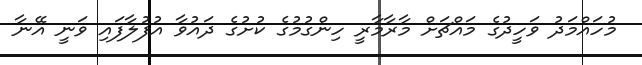
މުހައްމަދު ވަހީދުގެ މައްޗަށް މާރާމާރީ ހިންގުމުގެ ކުށުގެ ދައުވާ އުފުލާފައި ވަނީ އޭނާ